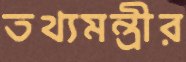
তথ্যমন্ত্রীর